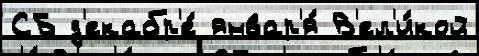
СБ д'екабр'е́ январ'я́ В'ел'и́кой